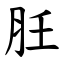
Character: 䏕